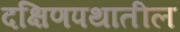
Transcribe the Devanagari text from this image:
दक्षिणपथातील